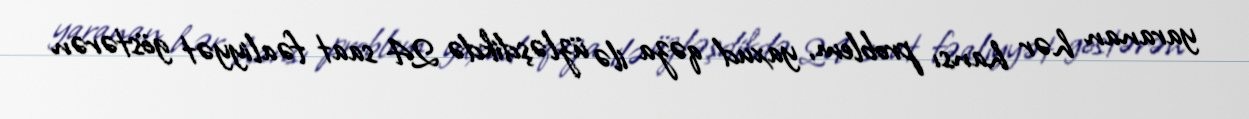
yaranan hər hansı problem, yaxud qəza ilə üzləşdikdə 24 saat fəaliyyət göstərən